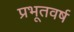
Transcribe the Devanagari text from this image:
प्रभूतवर्ष